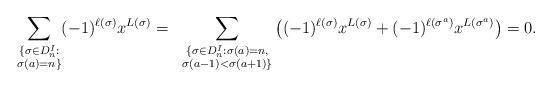
LaTeX: \begin{align*}\sum_{\substack{\{\sigma \in {D}^{I}_{n}: \\ \sigma(a)=n \} }} (-1)^{\ell (\sigma )}x^{L(\sigma )}&=& \sum_{\substack{\{\sigma \in {D}^{I}_n: \sigma(a)=n, \\ \sigma (a-1) < \sigma (a+1) \} }}\left( (-1)^{\ell (\sigma )}x^{L(\sigma )} + (-1)^{\ell (\sigma^a )}x^{L(\sigma^a )}\right) =0.\end{align*}